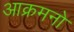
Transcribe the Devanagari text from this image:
आक्रमनो